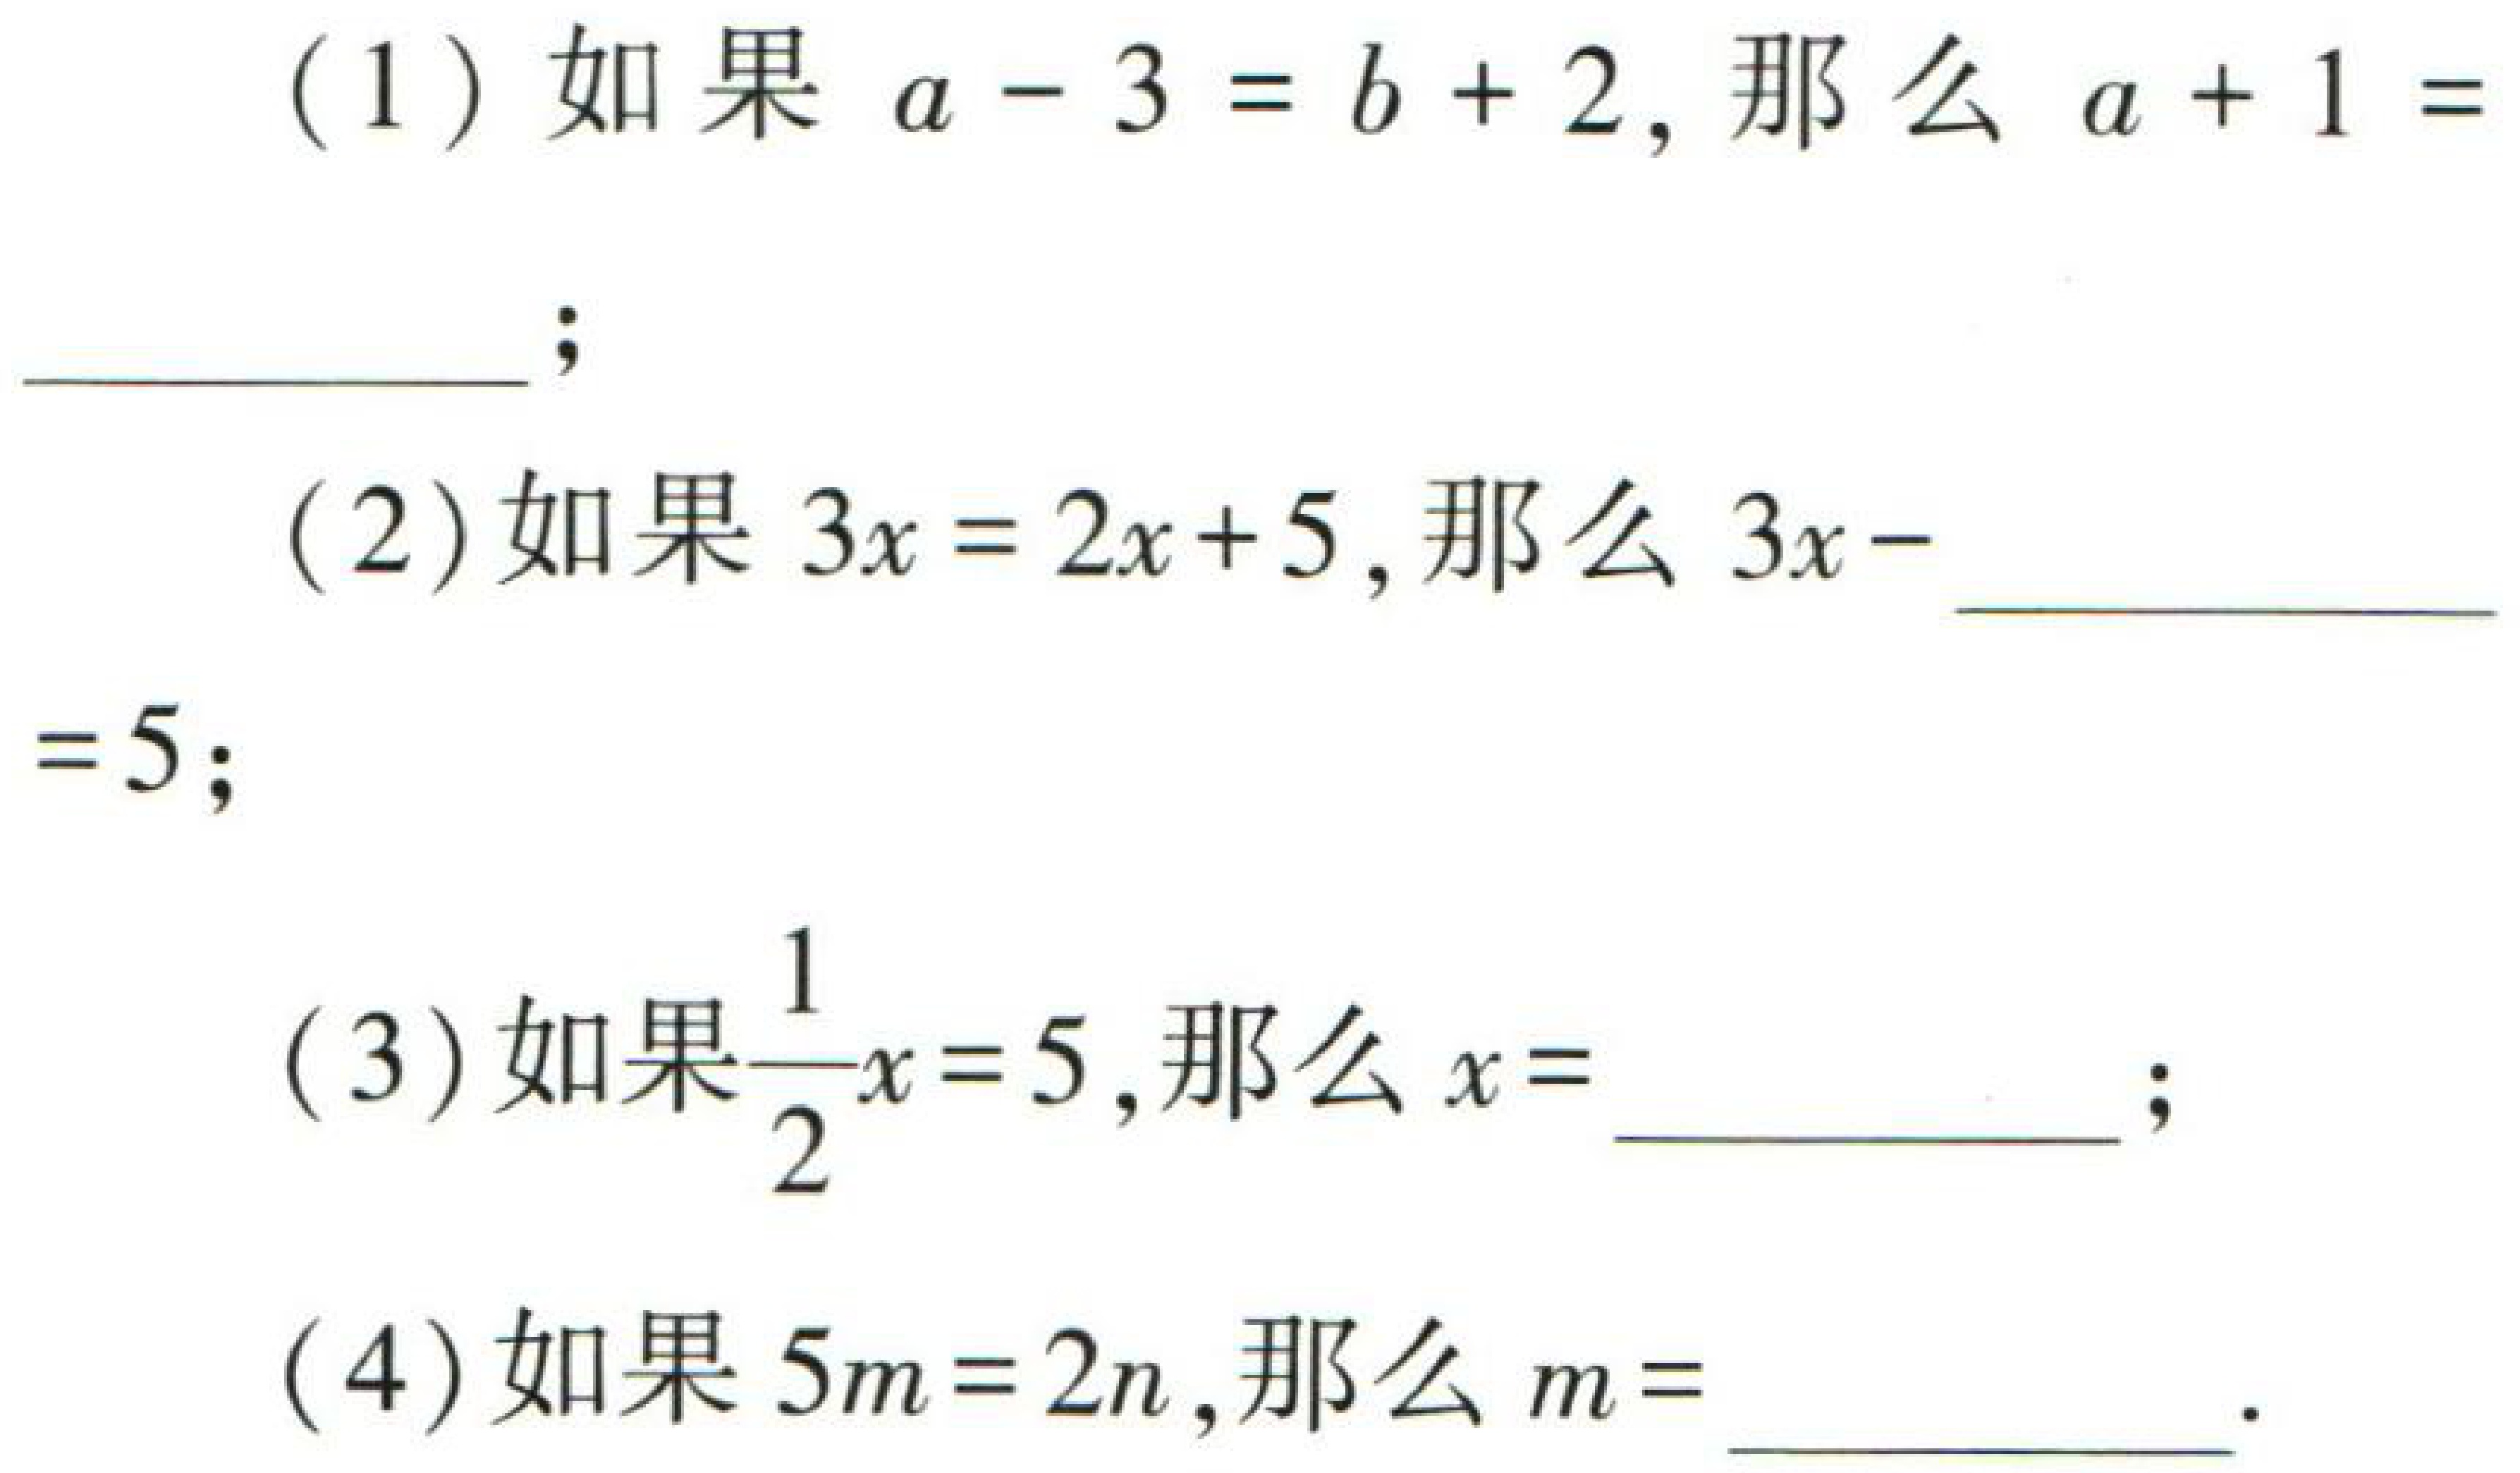
(1) 如果 \(a - 3 = b + 2\), 那么 \(a + 1 =\) _________;

(2)如果 \(3x = 2x + 5\), 那么 \(3x-\) _________ \(= 5\);

(3) 如果 \(\frac{1}{2}x = 5\), 那么 \(x =\) _________;

(4) 如果 \(5m = 2n\), 那么 \(m =\) _________.